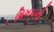
શિખવાની